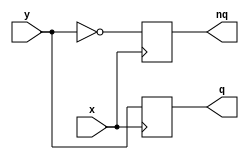
module MemBlock(
  input x,
  input y,
  output q,
  output nq
);

  reg q;
  reg nq;

  always @(posedge x) begin
    q <= y;
    nq <= ~y;
  end

endmodule